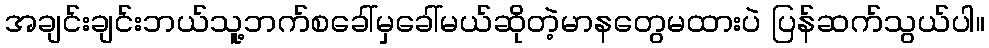
အချင်းချင်းဘယ်သူ့ဘက်စခေါ်မှခေါ်မယ်ဆိုတဲ့မာနတွေမထားပဲ ပြန်ဆက်သွယ်ပါ။